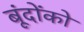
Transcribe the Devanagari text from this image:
बूंदोंको